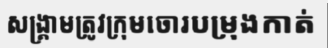
សង្គ្រាមត្រូវក្រុមចោរបម្រុងកាត់